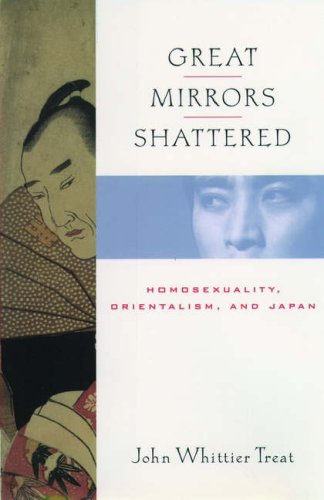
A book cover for Great Mirrors Shattered: Homosexuality, Orientalism, and Japan (Ideologies of Desire); John Whittier Treat; Gay & Lesbian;